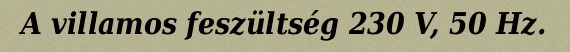
A villamos feszültség 230 V, 50 Hz.